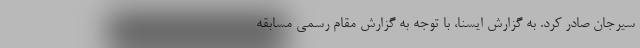
سیرجان صادر کرد. به گزارش ایسنا، با توجه به گزارش مقام رسمی مسابقه